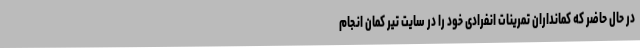
در حال حاضر که کمانداران تمرینات انفرادی خود را در سایت تیر کمان انجام